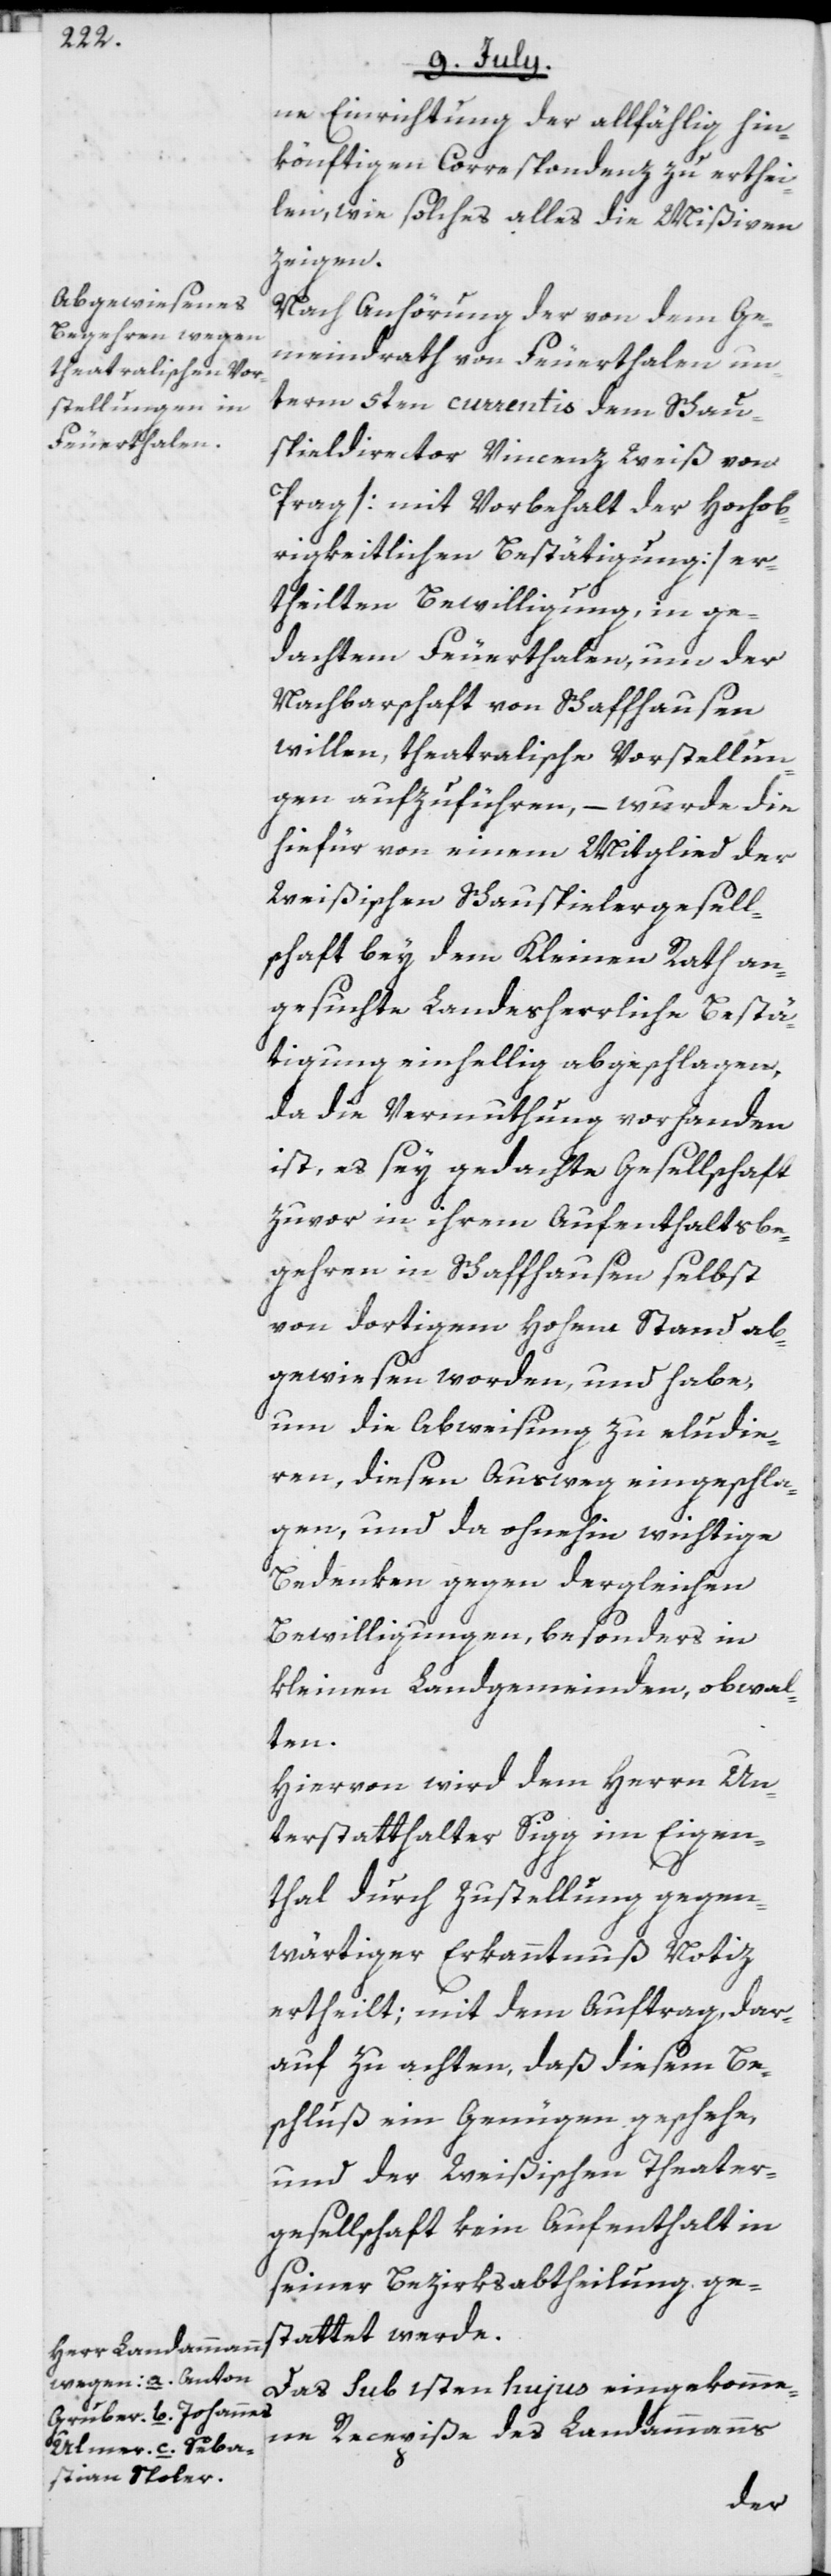
ne Einrichtung der allfählig hin¬
könftigen Correspondenz zu erthei¬
len, wie solches alles die Mißiven
zeigen.
Nach Anhörung der von dem Ge¬
meindrath von Feuerthalen un¬
term 5ten currentis dem Schau¬
spieldirector Vincenz Weiß von
Prag [mit Vorbehalt der Hochob¬
rigkeitlichen Bestätigung] er¬
theilten Bewilligung, in ge¬
dachtem Feuerthalen, um der
Nachbarschaft von Schaffhausen
willen, theatralische Vorstellun¬
gen aufzuführen, – wurde die
hiefür von einem Mitglied der
Weißischen Schauspielergesell¬
schaft bey dem Kleinen Rath an¬
gesuchte Landesherrliche Bestä¬
tigung einhellig abgeschlagen,
da die Vermuthung vorhanden
ist, es sey gedachte Gesellschaft
zuvor in ihrem Aufenthaltsbe¬
gehren in Schaffhausen selbst
von dortigem Hohem Stand ab¬
gewiesen worden, und habe,
um die Abweisung zu eludie¬
ren, diesen Ausweg eingeschla¬
gen, und da ohnehin wichtige
Bedenken gegen dergleichen
Bewilligungen, besonders in
kleinen Landgemeinden, obwal¬
ten.
Hiervon wird dem Herrn Un¬
terstatthalter Sigg im Eigen¬
thal durch Zustellung gegen¬
wärtiger Erkanntnuß Notiz
ertheilt; mit dem Auftrag, dar¬
auf zu achten, daß diesem Be¬
schluß ein Genügen geschehe,
und der Weißischen Theater¬
gesellschaft kein Aufenthalt in
seiner Bezirksabtheilung ge¬
stattet werde.
Das sub 1sten hujus eingekomme¬
ne Recepiße des Landammanns